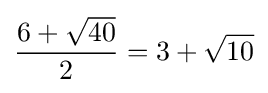
{\frac {6+{\sqrt {40}}}{2}}=3+{\sqrt {10}}